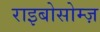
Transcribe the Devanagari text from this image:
राइबोसोम्ज़